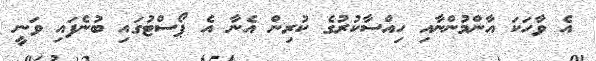
އެ ވާހަކަ އާންމުންނާއި ހިއްސާކުރުުގެ ކުރިން އެނާ އެ ޕޯސްޓުގައި ބުނެފައި ވަނީ